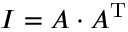
I = A \cdot A ^ { \mathrm { T } }